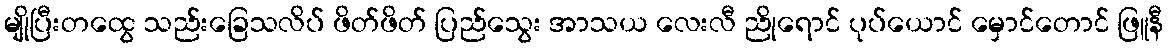
မျိုပြီးတထွေ သည်းခြေသလိပ် ဖိတ်ဖိတ် ပြည်သွေး အာသယ လေးလီ ညိုရောင် ပုပ်ယောင် မှောင်တောင် ဖြူနီ